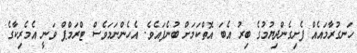
ހަނގުރާމައެއް ފެށިގެންދިޔުމުގެ ބިރު އެބަ އޮތްކަމަށް ބުނެފައެވެ. އެހެންނަމަވެސް ޓްރަމްޕް ވަނީ އެމެރިކާގެ